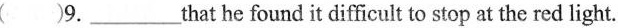
()9.___that he found it difficult to stop at the red light.